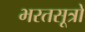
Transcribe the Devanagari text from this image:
भरतसूत्रों